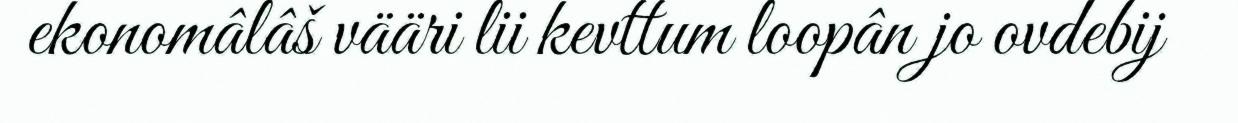
ekonomâlâš vääri lii kevttum loopân jo ovdebij